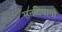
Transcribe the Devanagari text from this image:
सनटियागो